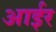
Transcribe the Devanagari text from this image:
आईर